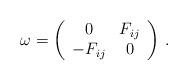
LaTeX: \begin{align*}\omega =\left(\begin{array}{cc}0 & F_{ij} \\-F_{ij} & 0\end{array}\right) \,.\end{align*}